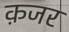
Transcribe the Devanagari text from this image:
क़जर